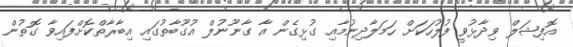
އޮފިޝަލް ވިދާޅުވީ ފުލުހަކަށް ހަމަލާދިނުމާއި ގުޅިގެން އާ ގާނޫނުލް އުގޫބާތުގައި އިބާރާތްކޮށްފައިވާ ގޮތުން